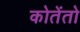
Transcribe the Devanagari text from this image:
कोतेंतो